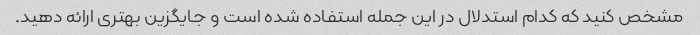
مشخص کنید که کدام استدلال در این جمله استفاده شده است و جایگزین بهتری ارائه دهید.